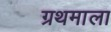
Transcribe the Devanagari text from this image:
ग्रथमाला